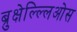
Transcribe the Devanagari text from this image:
ब्रुक्षेल्ल्लिओस